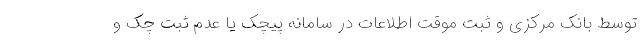
توسط بانک مرکزی و ثبت موقت اطلاعات در سامانه پیچک یا عدم ثبت چک و